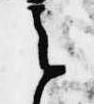
之